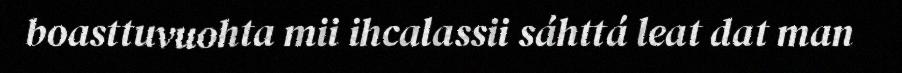
boasttuvuohta mii ihcalassii sáhttá leat dat man